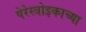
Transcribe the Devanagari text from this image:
पेरेस्त्रोइकाच्या